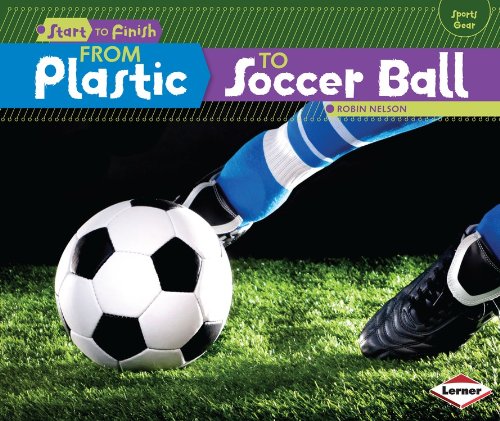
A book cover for From Plastic to Soccer Ball (Start to Finish: Sports Gear); Robin Nelson; Children's Books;